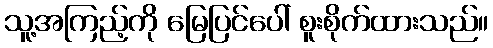
သူ့အကြည့်ကို မြေပြင်ပေါ် စူးစိုက်ထားသည်။